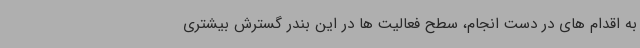
به اقدام های در دست انجام، سطح فعالیت ها در این بندر گسترش بیشتری